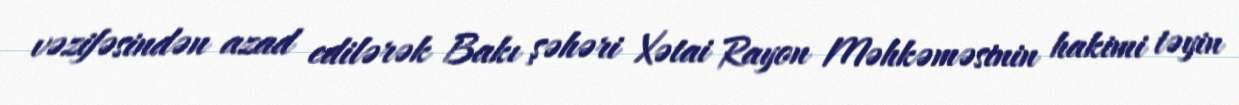
vəzifəsindən azad edilərək Bakı şəhəri Xətai Rayon Məhkəməsinin hakimi təyin